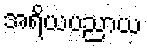
အရိယပညာယ